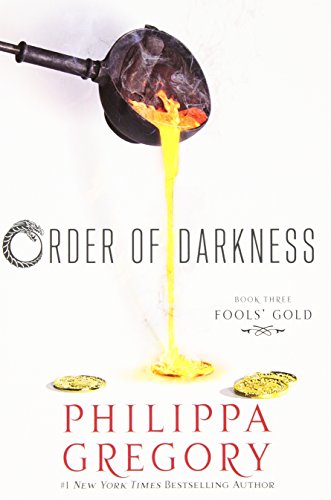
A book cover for Fools' Gold (Order of Darkness); Philippa Gregory; Teen & Young Adult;